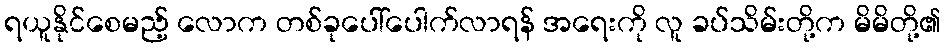
ရယူနိုင်စေမည့် လောက တစ်ခုပေါ်ပေါက်လာရန် အရေးကို လူ ခပ်သိမ်းတို့က မိမိတို့၏